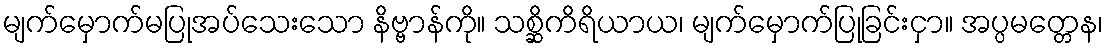
မျက်မှောက်မပြုအပ်သေးသော နိဗ္ဗာန်ကို။ သစ္ဆိကိရိယာယ၊ မျက်မှောက်ပြုခြင်းငှာ။ အပ္ပမတ္တေန၊